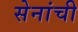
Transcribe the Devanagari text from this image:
सेनांची